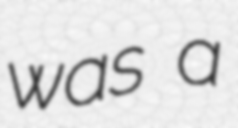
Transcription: was a